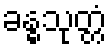
ခန္ဓသုတ္တံ